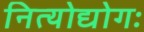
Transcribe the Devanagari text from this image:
नित्योद्योगः